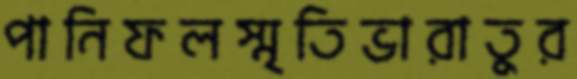
পানিফলস্মৃতিভারাতুর